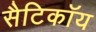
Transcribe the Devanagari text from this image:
सैटिकॉय